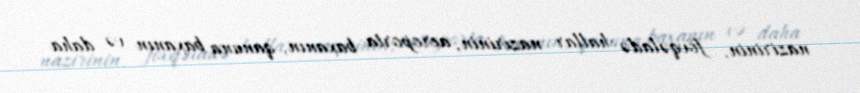
nazirinin, fövqəladə hallar nazirinin, aeroporta baxanın, qanuna baxanın və daha